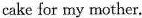
cake for my mother.